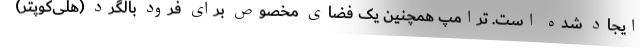
ایجاد شده است. ترامپ همچنین یک فضای مخصوص برای فرود بالگرد (هلی‌کوپتر)